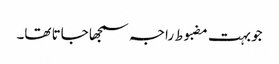
جو بہت مضبوط راجہ سمجھا جاتا تھا۔